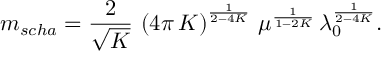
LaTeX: m _ { s c h a } = \frac { 2 } { \sqrt { K } } \, \left( 4 \pi \, K \right) ^ { \frac { 1 } { 2 - 4 K } } \, \mu ^ { \frac { 1 } { 1 - 2 K } } \, \lambda _ { 0 } ^ { \frac { 1 } { 2 - 4 K } } .